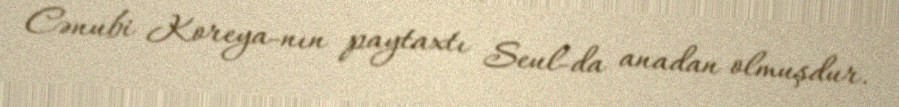
Cənubi Koreya-nın paytaxtı Seul-da anadan olmuşdur.